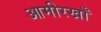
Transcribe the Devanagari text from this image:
आमीरखाँ